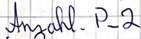
Text: Anzahl.P_2